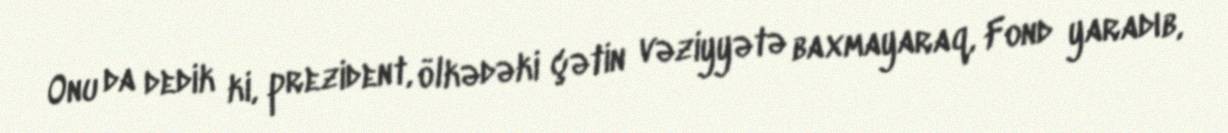
Onu da dedik ki, prezident, ölkədəki çətin vəziyyətə baxmayaraq, Fond yaradıb,